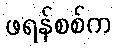
ဖရန်စစ်က